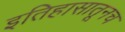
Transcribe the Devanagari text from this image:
इतिहासातूनच